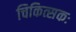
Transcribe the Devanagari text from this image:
चिकित्सकः